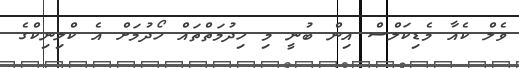
ވެލް ކެއާ މެޑިކަލްސް އިން ބުނީ މި ހިދުމަތްތައް ހޯދުމަށް އެ ކްލިނިކްގެ